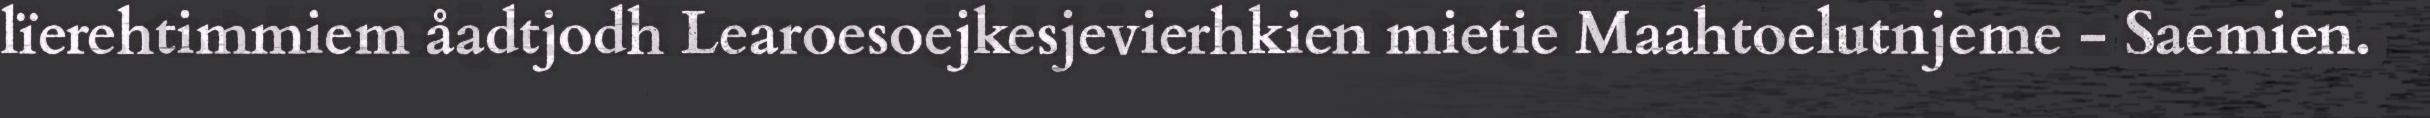
lïerehtimmiem åadtjodh Learoesoejkesjevierhkien mietie Maahtoelutnjeme - Saemien.